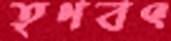
তৃণবৎ